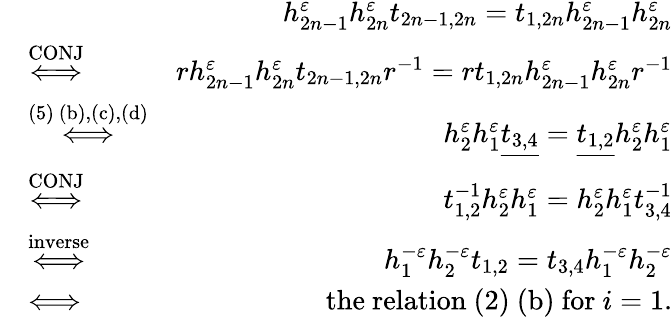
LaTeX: \begin{array}{rlr}&{}&{h_{2n-1}^{\varepsilon}h_{2n}^{\varepsilon}t_{2n-1,2n}=t_{1,2n}h_{2n-1}^{\varepsilon}h_{2n}^{\varepsilon}}\\ &{\stackrel{\mathrm{CONJ}}{\Longleftrightarrow}}&{rh_{2n-1}^{\varepsilon}h_{2n}^{\varepsilon}t_{2n-1,2n}r^{-1}=rt_{1,2n}h_{2n-1}^{\varepsilon}h_{2n}^{\varepsilon}r^{-1}}\\ &{\stackrel{\mathrm{(5)~(b),(c),(d)}}{\Longleftrightarrow}}&{h_{2}^{\varepsilon}h_{1}^{\varepsilon}\underline{{t_{3,4}}}=\underline{{t_{1,2}}}h_{2}^{\varepsilon}h_{1}^{\varepsilon}}\\ &{\stackrel{\mathrm{CONJ}}{\Longleftrightarrow}}&{t_{1,2}^{-1}h_{2}^{\varepsilon}h_{1}^{\varepsilon}=h_{2}^{\varepsilon}h_{1}^{\varepsilon}t_{3,4}^{-1}}\\ &{\stackrel{\mathrm{inverse}}{\Longleftrightarrow}}&{h_{1}^{-\varepsilon}h_{2}^{-\varepsilon}t_{1,2}=t_{3,4}h_{1}^{-\varepsilon}h_{2}^{-\varepsilon}}\\ &{\Longleftrightarrow}&{\mathrm{the~relation~(2)~(b)~for~}i=1.}\end{array}